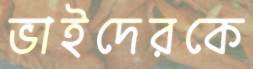
ভাইদেরকে